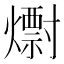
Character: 𱬞